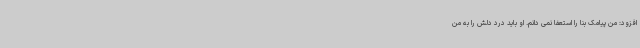
افزود: من پیامک بنا را استعفا نمی دانم. او باید درد دلش را به من